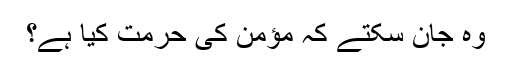
وہ جان سکتے کہ مؤمن کی حرمت کیا ہے؟